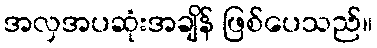
အလှအပဆုံးအချိန် ဖြစ်ပေသည်။